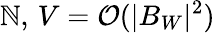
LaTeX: \mathbb{N},\, V=\mathcal{{O}}(|B_{W}|^{2})